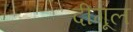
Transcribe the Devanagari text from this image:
दीगूल